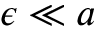
\epsilon \ll a